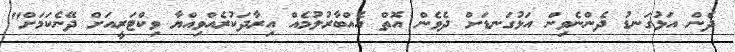
ދެން އަޅުގަނޑު ދެންނެވިން އަޅުގަނޑަށް ދެވެން އޮތް އެއްބާރުލުމެއް އިރާދަކުރެއްވިއްޔާ ވިކްޓަރީއަށް ދޭނެކަމަށް"